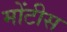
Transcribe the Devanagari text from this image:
मोंटीस